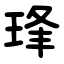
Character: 琒